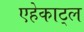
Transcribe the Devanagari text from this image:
एहेकाट्ल